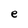
Character: e